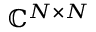
\mathbb { C } ^ { N \times N }